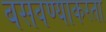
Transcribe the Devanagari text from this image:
बसवण्याकरता